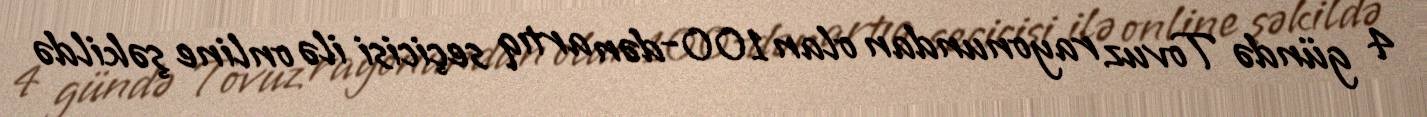
4 gündə Tovuz rayonundan olan 100-dən artıq seçicisi ilə online şəkildə